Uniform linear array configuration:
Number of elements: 24
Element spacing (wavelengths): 0.25
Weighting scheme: hamming
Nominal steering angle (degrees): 0
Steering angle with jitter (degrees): -1.295
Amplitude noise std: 0.05
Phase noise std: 0.05

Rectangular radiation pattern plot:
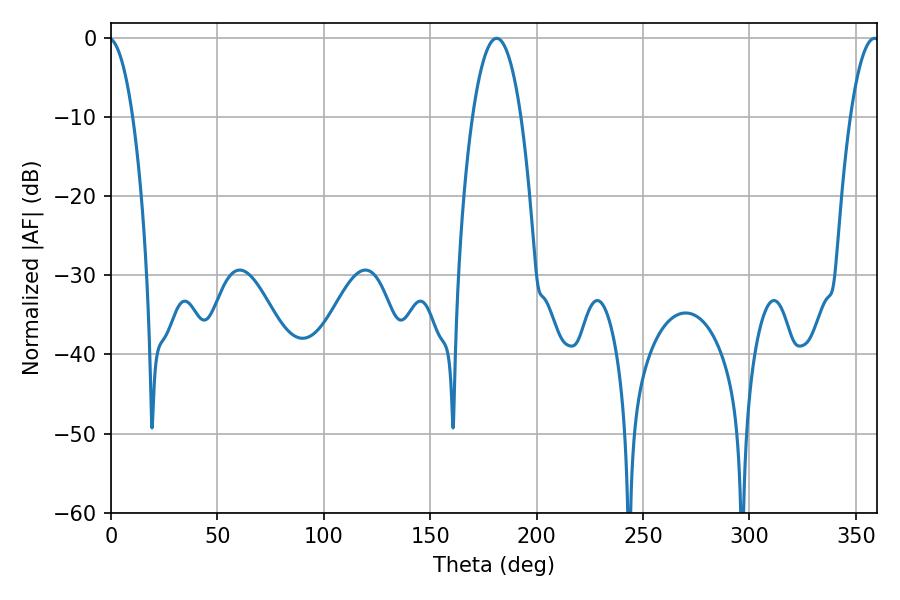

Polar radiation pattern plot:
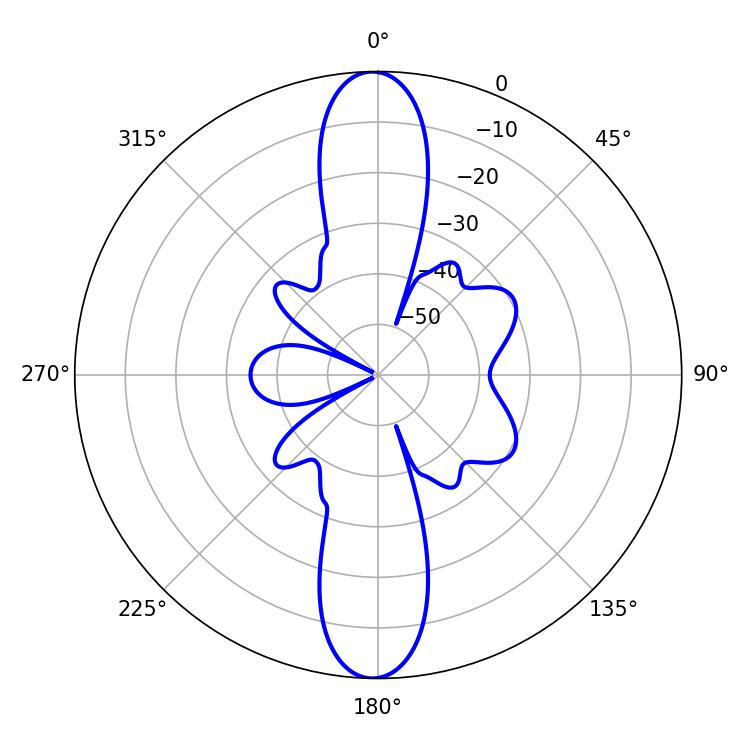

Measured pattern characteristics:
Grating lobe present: FALSE
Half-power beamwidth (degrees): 12.6
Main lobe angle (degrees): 181.26